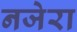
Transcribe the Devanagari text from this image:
नजेरा